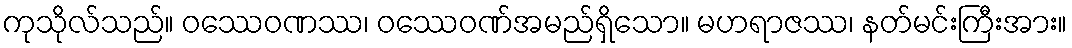
ကုသိုလ်သည်။ ဝဿေဝဏဿ၊ ဝဿေဝဏ်အမည်ရှိသော။ မဟရာဇဿ၊ နတ်မင်းကြီးအား။